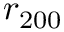
r _ { 2 0 0 }